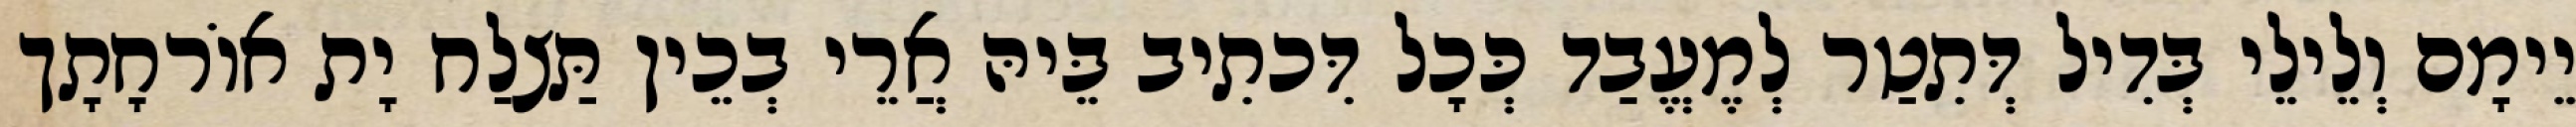
יֵימָם וְלֵילֵי בְּדִיל דְּתִטַר לְמֶעֱבַד כְּכָל דִּכתִיב בֵּיהּ אֲרֵי בְכֵין תַּצלַח יָת אוֹרחָתָך